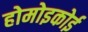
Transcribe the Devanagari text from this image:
होमोइकोई